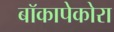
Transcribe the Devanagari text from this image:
बॉकापेकोरा